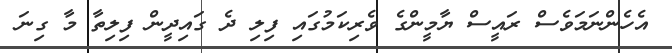
އެހެންނަމަވެސް ރައީސް ޔާމީންގެ ވެރިކަމުގައި ފިލި ދެ ގައިދީން ފިލިތާ މާ ގިނަ